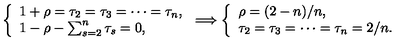
\left\{ \begin{array} { l } { 1 + \rho = \tau _ { 2 } = \tau _ { 3 } = \cdots = \tau _ { n } , } \\ { 1 - \rho - \sum _ { s = 2 } ^ { n } \tau _ { s } = 0 , } \\ \end{array} \right. \Longrightarrow \left\{ \begin{array} { l } { \rho = ( 2 - n ) / n , } \\ { \tau _ { 2 } = \tau _ { 3 } = \cdots = \tau _ { n } = 2 / n . } \\ \end{array} \right.